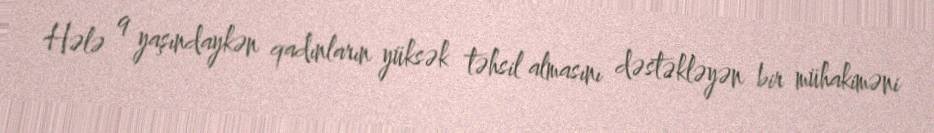
Hələ 9 yaşındaykən qadınların yüksək təhsil almasını dəstəkləyən bir mühakiməni